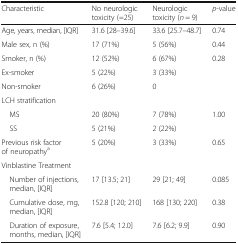
<table><thead><tr><td><b>Characteristic</b></td><td><b>No neurologic toxicity (=25)</b></td><td><b>Neurologic toxicity (<i>n</i> = 9)</b></td><td><b><i>p</i>-value</b></td></tr></thead><tbody><tr><td>Age, years, median, [IQR]</td><td>31.6 [28–39.6]</td><td>33.6 [25.7–48.7]</td><td>0.74</td></tr><tr><td>Male sex, n (%)</td><td>17 (71%)</td><td>5 (56%)</td><td>0.44</td></tr><tr><td>Smoker, n (%)</td><td>12 (52%)</td><td>6 (67%)</td><td>0.28</td></tr><tr><td>Ex-smoker</td><td>5 (22%)</td><td>3 (33%)</td><td></td></tr><tr><td>Non-smoker</td><td>6 (26%)</td><td>0</td><td></td></tr><tr><td colspan="4">LCH stratification</td></tr><tr><td> MS</td><td>20 (80%)</td><td>7 (78%)</td><td>1.00</td></tr><tr><td> SS</td><td>5 (21%)</td><td>2 (22%)</td><td></td></tr><tr><td>Previous risk factor of neuropathy<sup>a</sup></td><td>5 (20%)</td><td>3 (33%)</td><td>0.65</td></tr><tr><td colspan="4">Vinblastine Treatment</td></tr><tr><td> Number of injections, median, [IQR]</td><td>17 [13.5; 21]</td><td>29 [21; 49]</td><td>0.085</td></tr><tr><td> Cumulative dose, mg, median, [IQR]</td><td>152.8 [120; 210]</td><td>168 [130; 220]</td><td>0.38</td></tr><tr><td> Duration of exposure, months, median, [IQR]</td><td>7.6 [5.4; 12.0]</td><td>7.6 [6.2; 9.9]</td><td>0.90</td></tr></tbody></table>